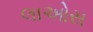
લાઓસ